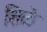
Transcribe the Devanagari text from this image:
शिळे